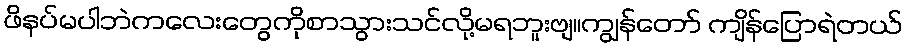
ဖိနပ်မပါဘဲကလေးတွေကိုစာသွားသင်လို့မရဘူးဗျ။ကျွန်တော် ကျိန်ပြောရဲတယ်